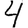
Digit: 4